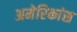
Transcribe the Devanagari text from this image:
अमेरिकांस